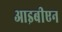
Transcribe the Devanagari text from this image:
आइबीएन